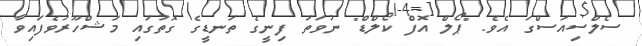
ސެލްސިއަސްގަ އެވެ. "ޕޯލް އޮފް ކޯލްޑް" ނުވަތަ ފިނީގެ ތަނޑީގެ ގޮތުގައި މަޝްހޫރުވެފައިވާ